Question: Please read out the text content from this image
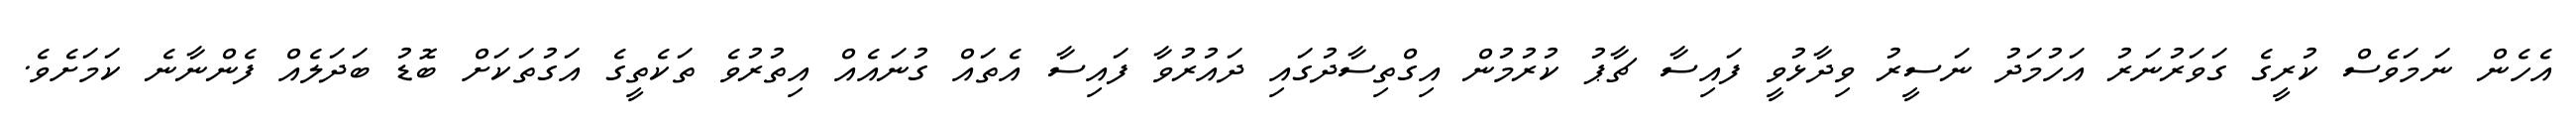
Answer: އެހެން ނަމަވެސް ކުރީގެ ގަވަރުނަރު އަހުމަދު ނަސީރު ވިދާޅުވީ ފައިސާ ޗާޕު ކުރުމުން އިގްތިސާދުގައި ދައުރުވާ ފައިސާ އެތައް ގުނައެއް އިތުރުވެ ތަކެތީގެ އަގުތަކަށް ބޮޑު ބަދަލެއް ފެންނާނެ ކަމަށެވެ.